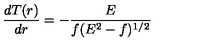
\frac { d T ( r ) } { d r } = - \frac { E } { f ( E ^ { 2 } - f ) ^ { 1 / 2 } } \,